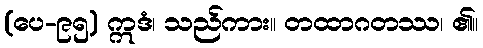
(ပေ-၉၅) ဣဒံ၊ သည်ကား။ တထာဂတဿ၊ ၏။